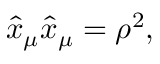
\hat { x } _ { \mu } \hat { x } _ { \mu } = \rho ^ { 2 } ,